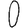
Digit: 0